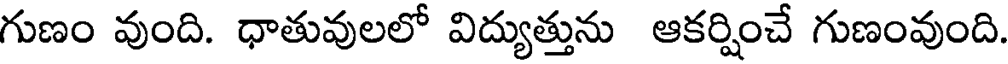
గుణం వుంది. ధాతువులలో విద్యుత్తును ఆకర్షించే గుణంవుంది.